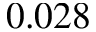
0 . 0 2 8